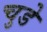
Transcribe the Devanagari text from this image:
चुडे